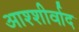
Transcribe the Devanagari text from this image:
आश्शीर्वाद